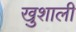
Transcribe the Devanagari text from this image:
खुशाली